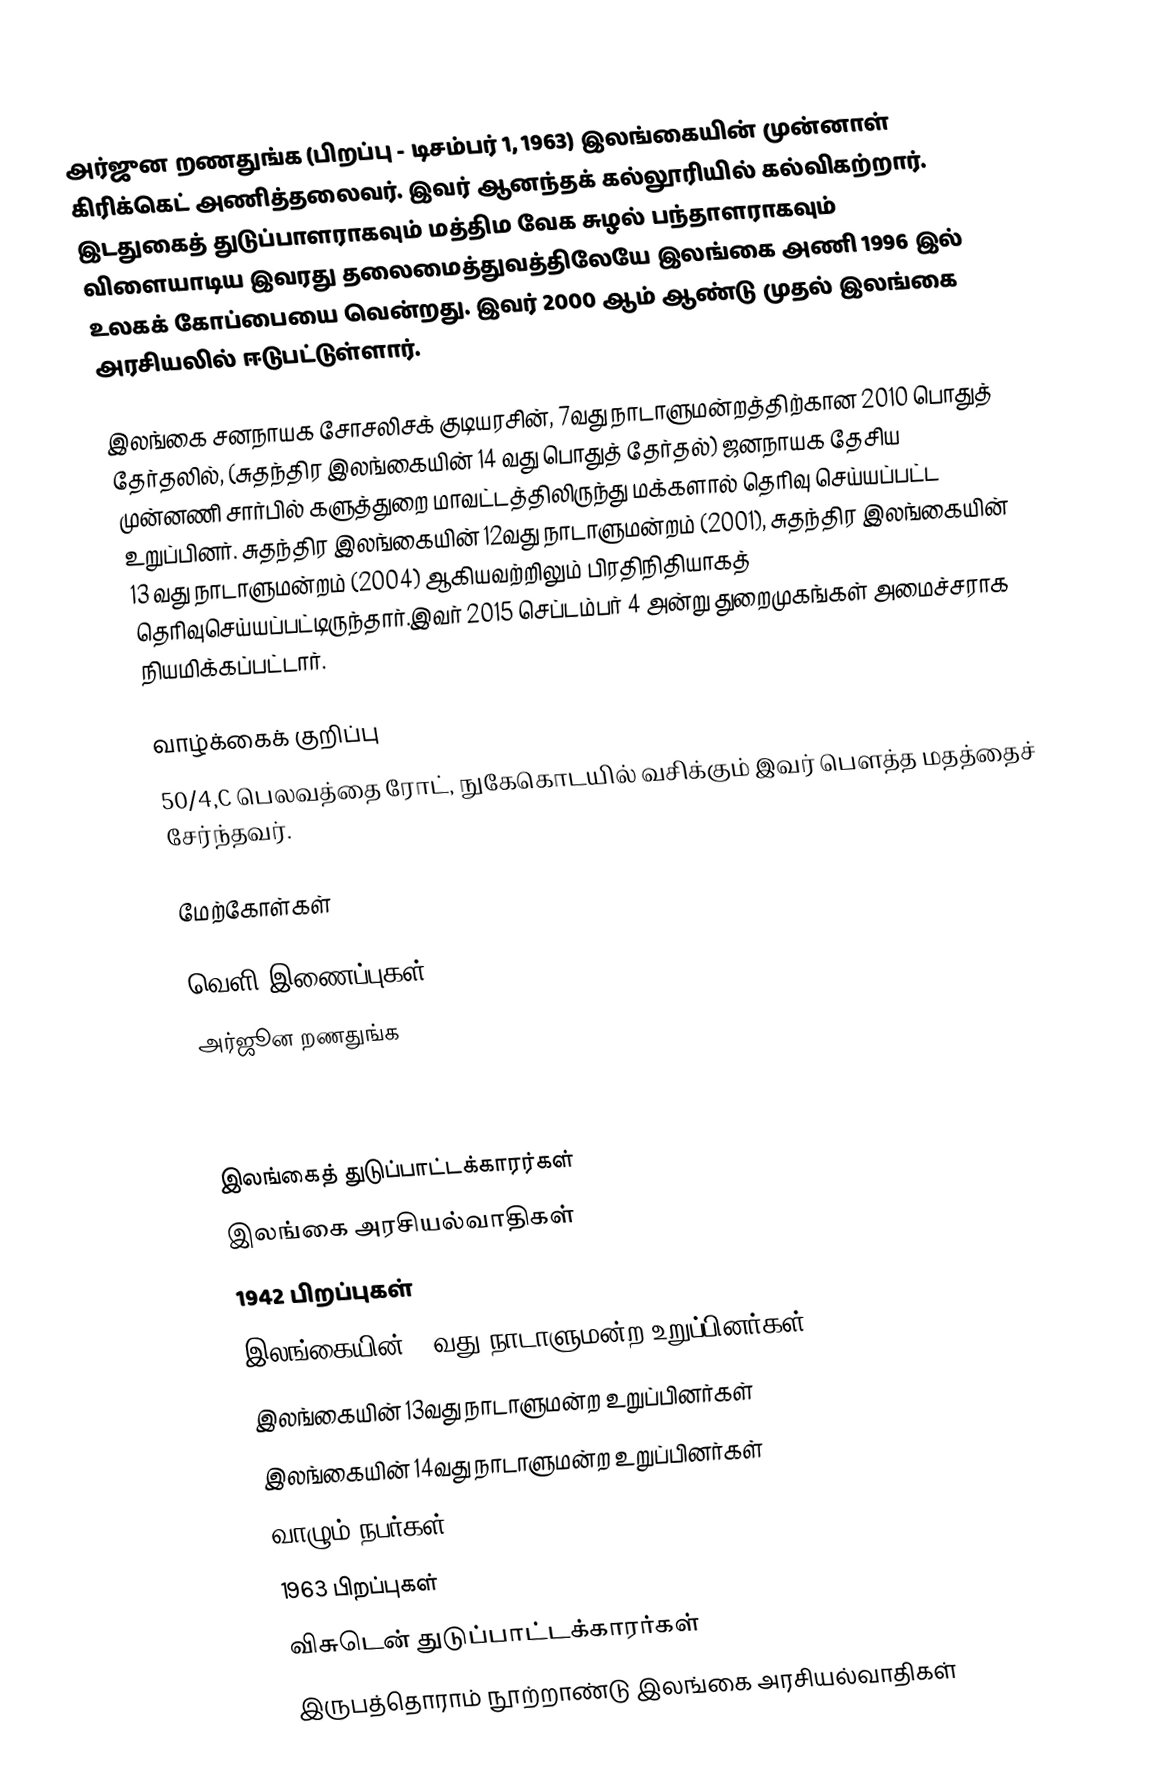
அர்ஜுன றணதுங்க (பிறப்பு - டிசம்பர் 1, 1963) இலங்கையின் முன்னாள் கிரிக்கெட் அணித்தலைவர். இவர் ஆனந்தக் கல்லூரியில் கல்விகற்றார். இடதுகைத் துடுப்பாளராகவும் மத்திம வேக சுழல் பந்தாளராகவும் விளையாடிய இவரது தலைமைத்துவத்திலேயே இலங்கை அணி 1996 இல் உலகக் கோப்பையை வென்றது. இவர் 2000 ஆம் ஆண்டு முதல் இலங்கை அரசியலில் ஈடுபட்டுள்ளார்.

இலங்கை சனநாயக சோசலிசக் குடியரசின், 7வது நாடாளுமன்றத்திற்கான 2010 பொதுத் தேர்தலில், (சுதந்திர இலங்கையின் 14 வது பொதுத் தேர்தல்) ஜனநாயக தேசிய முன்னணி சார்பில் களுத்துறை மாவட்டத்திலிருந்து மக்களால் தெரிவு செய்யப்பட்ட உறுப்பினர். சுதந்திர இலங்கையின் 12வது நாடாளுமன்றம் (2001), சுதந்திர இலங்கையின் 13 வது நாடாளுமன்றம் (2004) ஆகியவற்றிலும் பிரதிநிதியாகத் தெரிவுசெய்யப்பட்டிருந்தார்.இவர் 2015 செப்டம்பர் 4 அன்று துறைமுகங்கள் அமைச்சராக நியமிக்கப்பட்டார்.

வாழ்க்கைக் குறிப்பு
50/4,C பெலவத்தை ரோட், நுகேகொடயில் வசிக்கும் இவர் பௌத்த மதத்தைச் சேர்ந்தவர்.

மேற்கோள்கள்

வெளி இணைப்புகள்
 அர்ஜூன றணதுங்க

இலங்கைத் துடுப்பாட்டக்காரர்கள்
இலங்கை அரசியல்வாதிகள்
1942 பிறப்புகள்
இலங்கையின் 12வது நாடாளுமன்ற உறுப்பினர்கள்
இலங்கையின் 13வது நாடாளுமன்ற உறுப்பினர்கள்
இலங்கையின் 14வது நாடாளுமன்ற உறுப்பினர்கள்
வாழும் நபர்கள்
1963 பிறப்புகள்
விசுடென் துடுப்பாட்டக்காரர்கள்
இருபத்தொராம் நூற்றாண்டு இலங்கை அரசியல்வாதிகள்